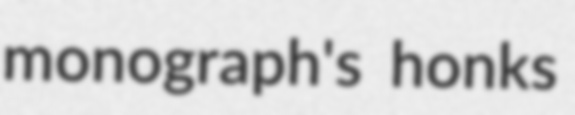
monograph's honks